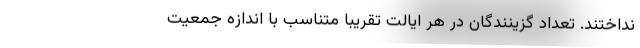
نداختند. تعداد گزینندگان در هر ایالت تقریباً متناسب با اندازه جمعیت